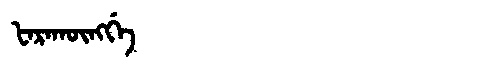
Manchu: ᡶᠠᡵᠠᡴᡡᠩᡤᡝ
Romanization: FARAKŪNGGE